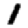
Digit: 1